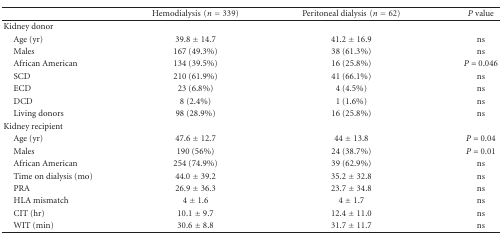
|  | Hemodialysis(n = 339) | Peritoneal dialysis(n = 62) | P value |
 | --- | --- | --- | --- |
 | Kidney donor |  |  |  |
 | Age (yr) | 39.8 ± 14.7 | 41.2 ± 16.9 | ns |
 | Males | 167 (49.3%) | 38 (61.3%) | ns |
 | African American | 134 (39.5%) | 16 (25.8%) | P = 0.046 |
 | SCD | 210 (61.9%) | 41 (66.1%) | ns |
 | ECD | 23 (6.8%) | 4 (4.5%) | ns |
 | DCD | 8 (2.4%) | 1 (1.6%) | ns |
 | Living donors | 98 (28.9%) | 16 (25.8%) | ns |
 | Kidney recipient |  |  |  |
 | Age (yr) | 47.6 ± 12.7 | 44 ± 13.8 | P = 0.04 |
 | Males | 190 (56%) | 24 (38.7%) | P = 0.01 |
 | African American | 254 (74.9%) | 39 (62.9%) | ns |
 | Time on dialysis (mo) | 44.0 ± 39.2 | 35.2 ± 32.8 | ns |
 | PRA | 26.9 ± 36.3 | 23.7 ± 34.8 | ns |
 | HLA mismatch | 4 ± 1.6 | 4 ± 1.7 | ns |
 | CIT (hr) | 10.1 ± 9.7 | 12.4 ± 11.0 | ns |
 | WIT (min) | 30.6 ± 8.8 | 31.7 ± 11.7 | ns |